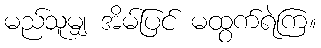
မည်သူမျှ အိမ်ပြင် မထွက်ရဲကြ။